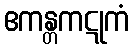
ဧကန္တကဋုကံ